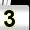
Digit: 3